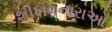
શીખવનારાઓ